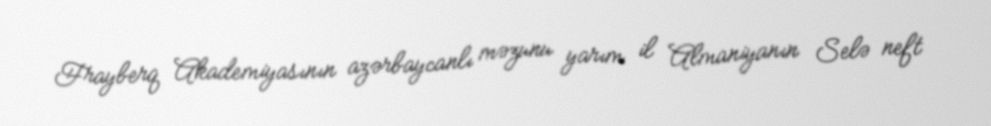
Frayberq Akademiyasının azərbaycanlı məzunu yarım il Almaniyanın Selə neft